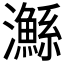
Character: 𤄏